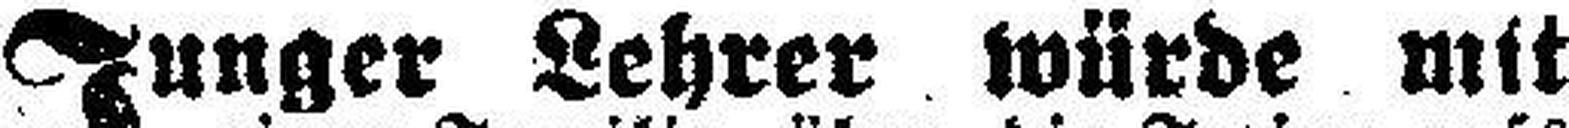
Junger Lehrer würde mit